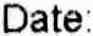
DATE: